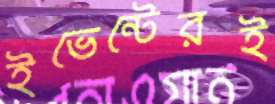
ইভেন্টেরই